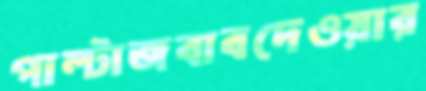
পাল্টাজবাবদেওয়ার